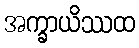
အက္ခာယိဿထ